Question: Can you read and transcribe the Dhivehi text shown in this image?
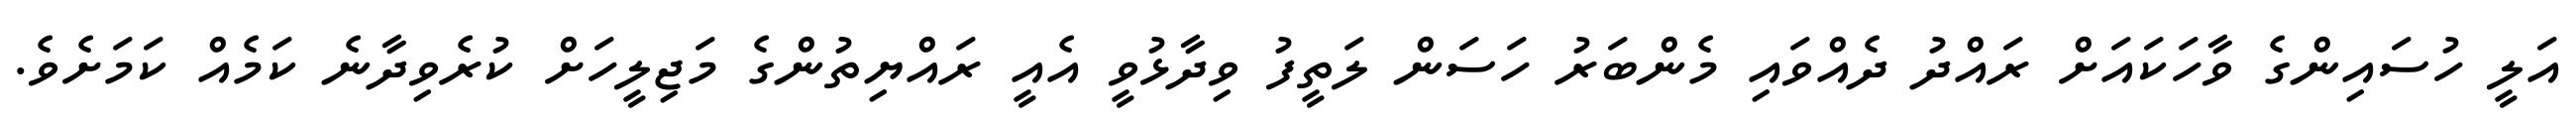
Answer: އަލީ ހުސައިންގެ ވާހަކައަށް ރައްދު ދެއްވައި މެންބަރު ހަސަން ލަތީފު ވިދާޅުވީ އެއީ ރައްޔިތުންގެ މަޖިލީހަށް ކުރެވިދާނެ ކަމެއް ކަމަށެވެ.